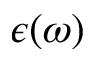
\epsilon ( \omega )